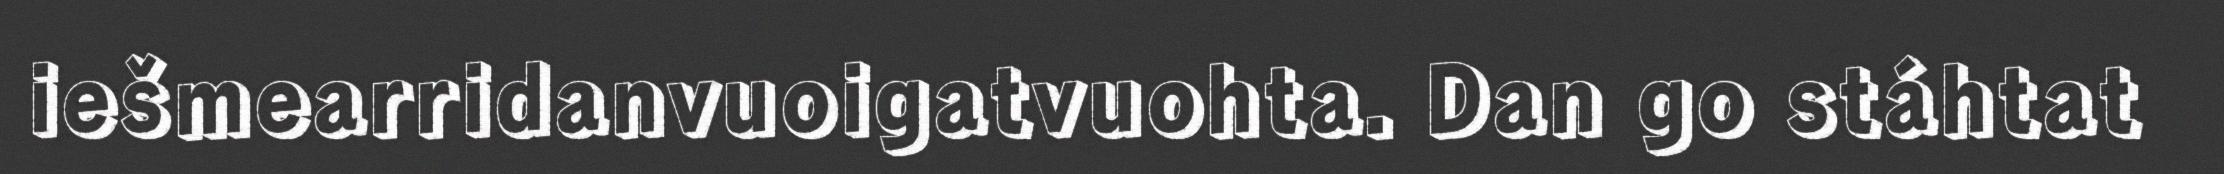
iešmearridanvuoigatvuohta. Dan go stáhtat